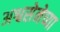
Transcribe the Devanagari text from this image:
अश्वसेनेच्या